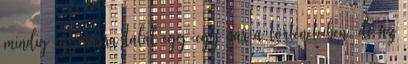
mindig egymásra talál egy-egy pár a történeteiben, de az